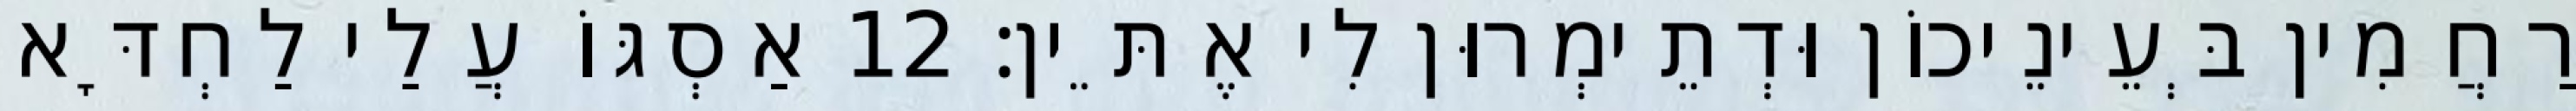
רַחֲמִין בְּעֵינֵיכוֹן וּדְתֵימְרוּן לִי אֶתֵּין׃ 12 אַסְגּוֹ עֲלַי לַחְדָּא